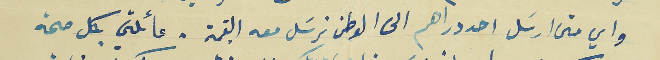
واي متى ارسَل احد دراهم الى الوطن نرسَل معه القيمة. عائلتي بكل صحة